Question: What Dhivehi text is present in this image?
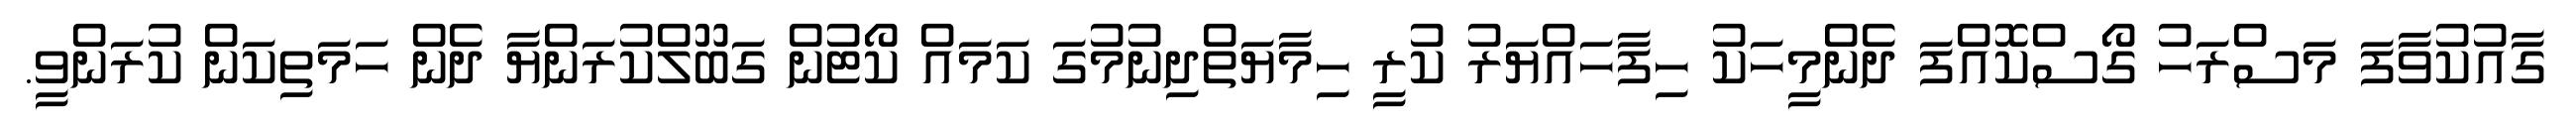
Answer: ގާއުކުވާފަ މަސްރަހު ގޯސްކޮއްފަ ދެންމީހަކު ހިފާހައްޔަރު ކުރީ ހިމާޔަތްދިނުމުގަ ކަމައް ކޯޓުން ގަބޫލްކުރަންޔާ ދެން ހަމަތިކަން ކުރަންވީ.